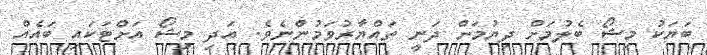
ބަޔަކު މިޝޯ ބެލުމަށް ދިޔުމަށް ދަނީ ތައްޔާރުވަމުންނެވެ. އަދި މިޝޯ އަށްޓަކައި ބައެއް